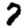
Digit: 7